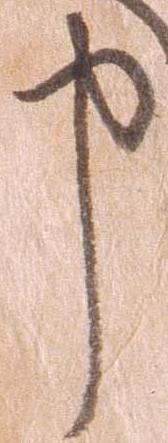
申